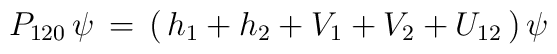
P_{120}\,\psi\,=\,(\,h_1+h_2+V_1+V_2+U_{12}\,)\,\psi